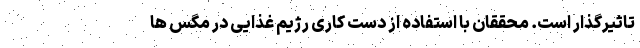
تاثیرگذار است. محققان با استفاده از دست کاری رژیم غذایی در مگس ها